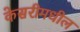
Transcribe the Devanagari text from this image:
केसरीमधील